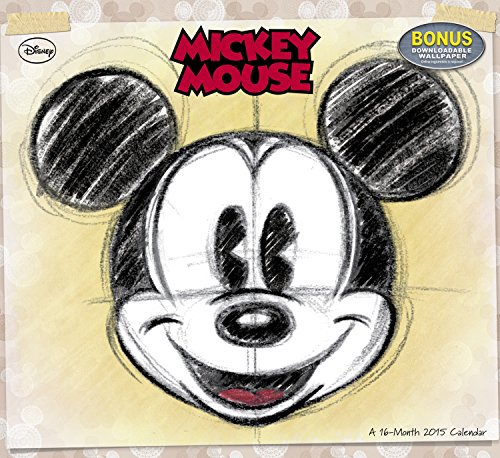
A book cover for Disney Mickey Mouse Wall Calendar (2015); Day Dream; Calendars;